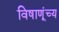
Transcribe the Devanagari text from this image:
विषाणूंच्य